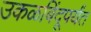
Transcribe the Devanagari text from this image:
उकळबिंदूपर्यंत